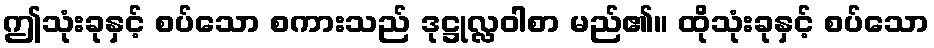
ဤသုံးခုနှင့် စပ်သော စကားသည် ဒုဋ္ဌုလ္လဝါစာ မည်၏။ ထိုသုံးခုနှင့် စပ်သော